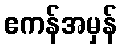
ဧကန်အမှန်